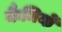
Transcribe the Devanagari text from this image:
कैमियों